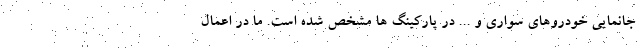
جانمایی خودروهای سواری و ... در پارکینگ ها مشخص شده است. ما در اعمال